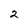
Character: 2